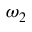
\omega _ { 2 }